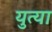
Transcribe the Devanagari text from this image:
युत्या